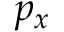
p _ { x }